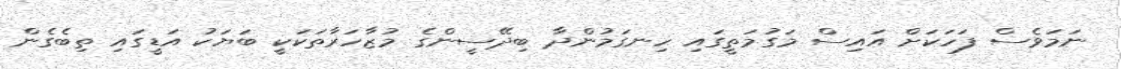
ނަމަވެސް ފަހަކަށް އައިސް މަގުމަތީގައި ހިނގަމުންދާ ބިދޭސީންގެ މުޒާހަރާތަކަކީ ބަޔަކު އަޑީގައި ތިބެގެން